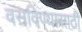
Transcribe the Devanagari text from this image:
वसविण्यासाठी